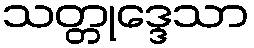
သတ္တုဒ္ဒေသာ